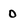
Character: 0